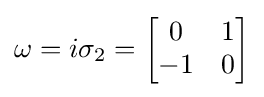
\omega =i\sigma _{2}={\begin{bmatrix}0&1\\-1&0\end{bmatrix}}